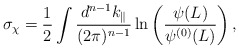
\begin{align*}\sigma_{\chi} = \frac{1}{2} \int \frac{ d^{n-1}k_{\|} }{ (2 \pi)^{n-1} } \ln \left( \frac{\psi(L)}{\psi^{(0)}(L)} \right),\end{align*}